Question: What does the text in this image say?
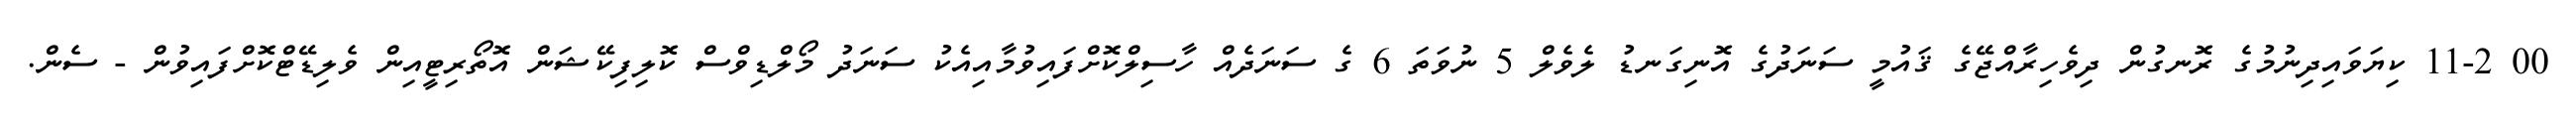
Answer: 00 11-2 ކިޔަވައިދިނުމުގެ ރޮނގުން ދިވެހިރާއްޖޭގެ ޤައުމީ ސަނަދުގެ އޮނިގަނޑު ލެވެލް 5 ނުވަތަ 6 ގެ ސަނަދެއް ހާސިލްކޮށްފައިވުމާއިއެކު ސަނަދު މޯލްޑިވްސް ކޮލިފިކޭޝަން އޮތޯރިޓީއިން ވެލިޑޭޓްކޮށްފައިވުން - ސެން.